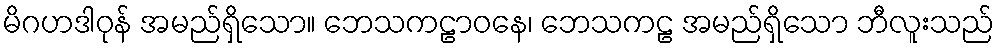
မိဂဟဒါဝုန် အမည်ရှိသော။ ဘေသကဠာဝနေ၊ ဘေသကဠ အမည်ရှိသော ဘီလူးသည်